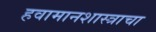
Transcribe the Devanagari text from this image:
हवामानशास्त्राचा